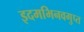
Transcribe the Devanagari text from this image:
इदमभिनवगुप्त